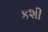
કશી